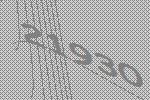
21930